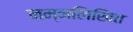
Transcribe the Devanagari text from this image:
नम्नलिखित